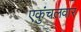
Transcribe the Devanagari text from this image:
एकुंचलवार